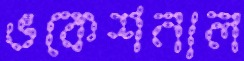
ভকেশনাল